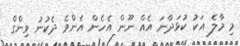
މި މާލެ އަކު ކުޅަދާނަ އެއް ނޫން އެހެން އެންމެ ދެކުނު ވިންގް